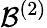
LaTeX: \mathcal{B}^{(2)}